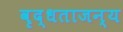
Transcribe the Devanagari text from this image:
वृद्धताजन्य